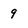
Character: 9